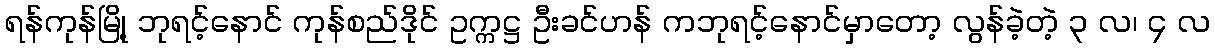
ရန်ကုန်မြို့ ဘုရင့်နောင် ကုန်စည်ဒိုင် ဥက္ကဋ္ဌ ဦးခင်ဟန် ကဘုရင့်နောင်မှာတော့ လွန်ခဲ့တဲ့ ၃ လ၊ ၄ လ